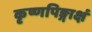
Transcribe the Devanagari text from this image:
कृष्णपिङ्गाक्षं